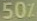
50%